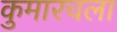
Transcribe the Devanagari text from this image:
कुमारचला